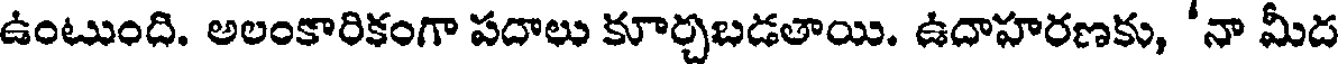
ఉంటుంది. అలంకారికంగా పదాలు కూర్చబడతాయి. ఉదాహరణకు, 'నా మీద